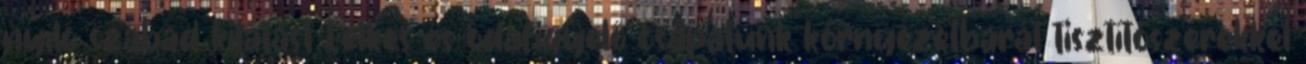
nyíló szabad kilátást Lelkes és odafigyelő csapatunk környezetbarát tisztítószerekkel